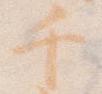
千